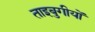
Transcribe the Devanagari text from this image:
ताइबुगीयों